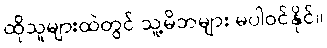
ထိုသူများထဲတွင် သူ့မိဘများ မပါဝင်နိုင်။